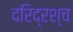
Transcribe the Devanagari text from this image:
दरिद्रश्च